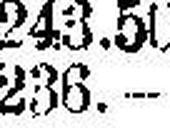
236.—